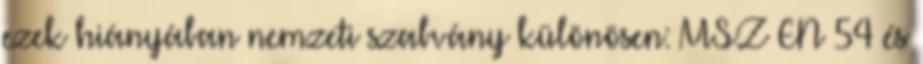
ezek hiányában nemzeti szabvány különösen: MSZ EN 54 és